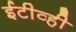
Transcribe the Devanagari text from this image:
ईटीव्ही